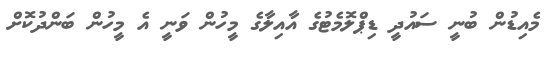
މެއިޑުން ބުނީ ސައުދީ ޑިޕްލޮމެޓުގެ އާއިލާގެ މީހުން ވަނީ އެ މީހުން ބަންދުކޮށް